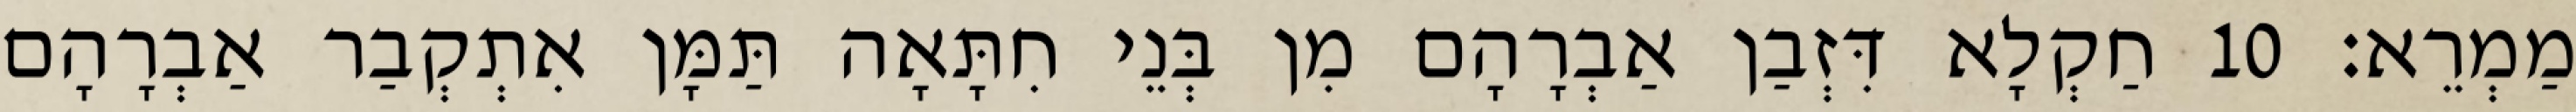
מַמְרֵא׃ 10 חַקְלָא דִּזְבַן אַבְרָהָם מִן בְּנֵי חִתָּאָה תַּמָּן אִתְקְבַר אַבְרָהָם